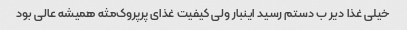
خیلی غذا دیر ب دستم رسید اینبار ولی کیفیت غذای پرپروک‌مثه همیشه عالی بود